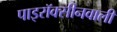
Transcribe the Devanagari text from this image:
पाइरॉक्सीनवाली